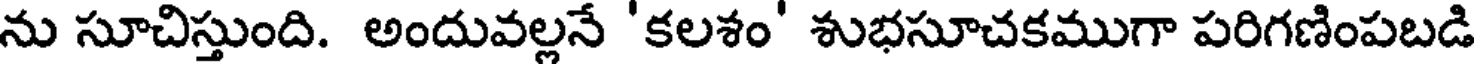
ను సూచిస్తుంది. అందువల్లనే 'కలశం' శుభసూచకముగా పరిగణింపబడి